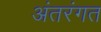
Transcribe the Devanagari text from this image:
अंतरंगत